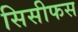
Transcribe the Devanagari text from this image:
सिसीफस